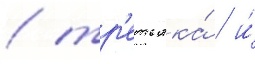
/ тр'етьяка́ / и́